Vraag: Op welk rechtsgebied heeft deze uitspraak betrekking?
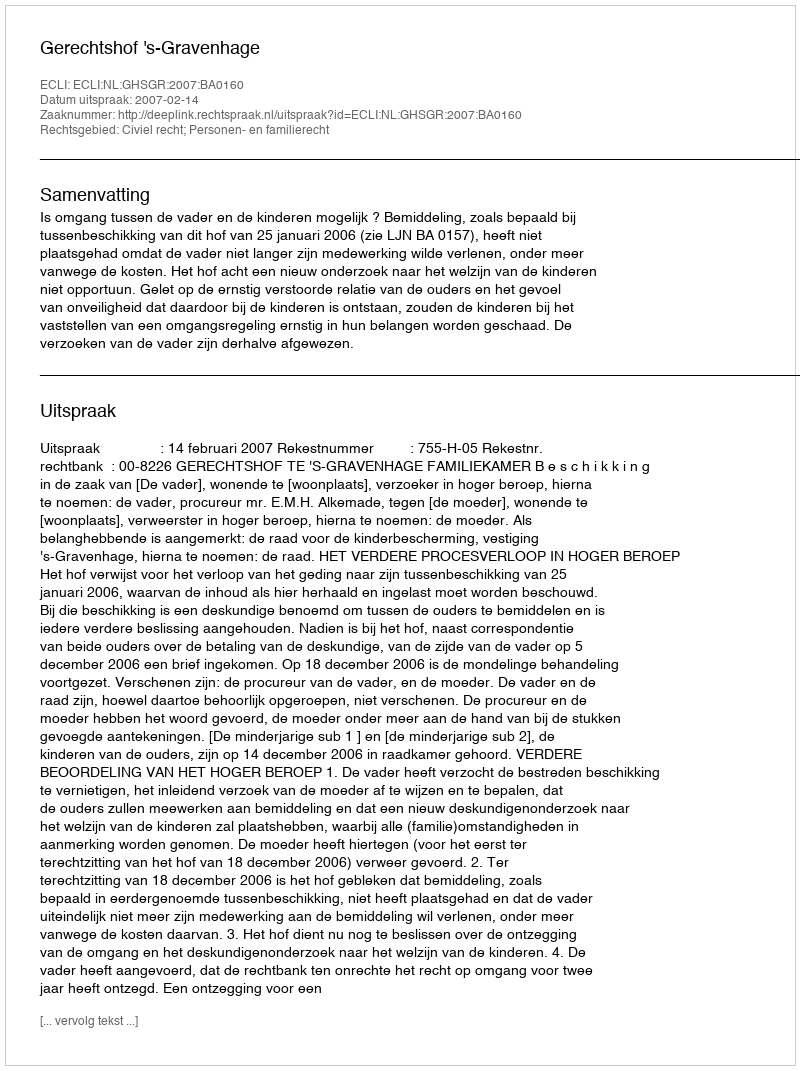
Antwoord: Civiel recht; Personen- en familierecht